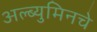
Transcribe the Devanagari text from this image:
अल्ब्युमिनचे